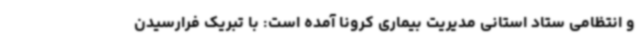
و انتظامی ستاد استانی مدیریت بیماری کرونا آمده است: با تبریک فرارسیدن